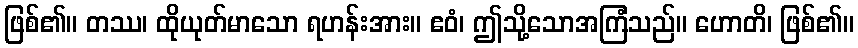
ဖြစ်၏။ တဿ၊ ထိုယုတ်မာသော ရဟန်းအား။ ဧဝံ၊ ဤသို့သောအကြံသည်။ ဟောတိ၊ ဖြစ်၏။